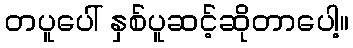
တပူပေါ် နှစ်ပူဆင့်ဆိုတာပေါ့။